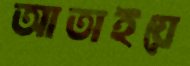
আতাইয়ে